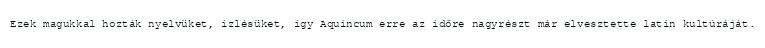
Ezek magukkal hozták nyelvüket, ízlésüket, így Aquincum erre az időre nagyrészt már elvesztette latin kultúráját.